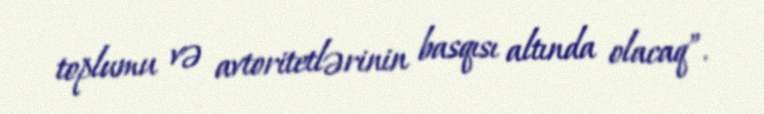
toplumu və avtoritetlərinin basqısı altında olacaq”.